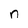
Character: n